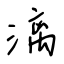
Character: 漓